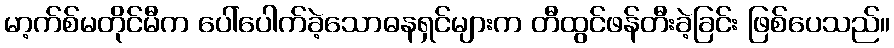
မာ့က်စ်မတိုင်မီက ပေါ်ပေါက်ခဲ့သောဓနရှင်များက တီထွင်ဖန်တီးခဲ့ခြင်း ဖြစ်ပေသည်။